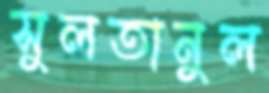
সুলতানুল